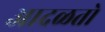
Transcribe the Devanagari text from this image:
आदळतो